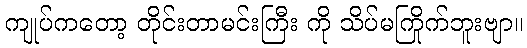
ကျုပ်ကတော့ တိုင်းတာမင်းကြီး ကို သိပ်မကြိုက်ဘူးဗျာ။